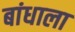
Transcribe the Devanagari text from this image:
बांधाला